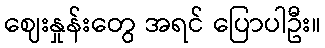
ဈေးနှုန်းတွေ အရင် ပြောပါဦး။